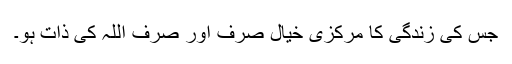
جس کی زندگی کا مرکزی خیال صرف اور صرف اللہ کی ذات ہو۔